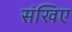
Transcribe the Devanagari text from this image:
संखिए